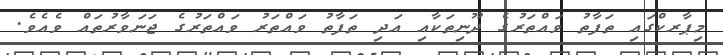
މިޕާރކްގައި ތަފާތު ވައްތަރުގެ ދޫނިތަކާއި އަދި ތަފާތު ވައްތަރު ވައްތަރުގެ ޖަނަވާރުތައް ވެއެވެ.